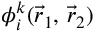
\phi _ { i } ^ { k } ( { \vec { r } } _ { 1 } , \, { \vec { r } } _ { 2 } )